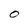
Character: O